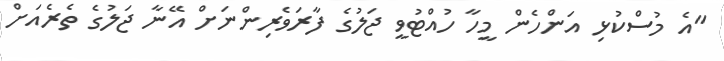
"އެ މުސްކުޅި އަންހެން މީހާ ހުއްޓުވީ ޖަލުގެ ފާރަވެރިންނަށް އޭނާ ޖަލުގެ ތެރެއަށް